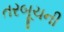
તરબૂચની